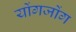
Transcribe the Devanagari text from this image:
योंगजोंग